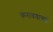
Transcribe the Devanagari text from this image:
करावयाच्यां